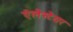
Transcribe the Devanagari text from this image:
ऐलेस्टेयर